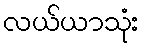
လယ်ယာသုံး